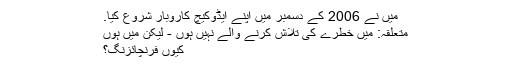
میں نے 2006 کے دسمبر میں اپنے ایڈوکیچ کاروبار شروع کیا.
متعلقہ: میں خطرے کی تلاش کرنے والے نہیں ہوں - لیکن میں ہوں
کیوں فرنچائزنگ؟